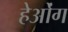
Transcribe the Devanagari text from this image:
हेओंग